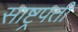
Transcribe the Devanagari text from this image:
साष्ट्रपती